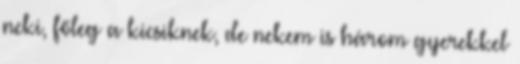
neki, főleg a kicsiknek, de nekem is három gyerekkel